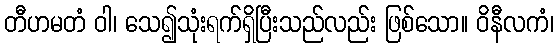
တီဟမတံ ဝါ၊ သေ၍သုံးရက်ရှိပြီးသည်လည်း ဖြစ်သော။ ဝိနီလကံ၊